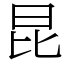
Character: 昆